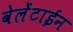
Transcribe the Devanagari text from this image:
वेलेंटाईन